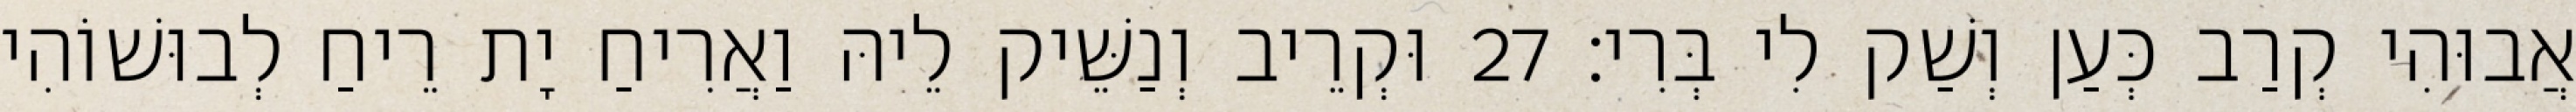
אֲבוּהִי קְרַב כְּעַן וְשַׁק לִי בְּרִי׃ 27 וּקְרֵיב וְנַשֵּׁיק לֵיהּ וַאֲרִיחַ יָת רֵיחַ לְבוּשׁוֹהִי